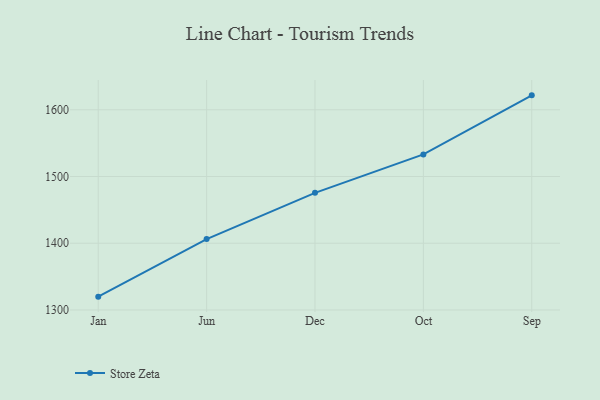
{"axis": {"x": "Month", "y": "Waste Production (Tons)"}, "legend": ["Store Zeta"], "data": [{"x": "Jan", "y": 1320.0, "type": "Store Zeta"}, {"x": "Jun", "y": 1406.2, "type": "Store Zeta"}, {"x": "Dec", "y": 1475.5, "type": "Store Zeta"}, {"x": "Oct", "y": 1533.1, "type": "Store Zeta"}, {"x": "Sep", "y": 1621.6, "type": "Store Zeta"}]}